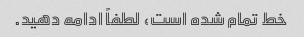
خط تمام شده است، لطفاً ادامه دهید.